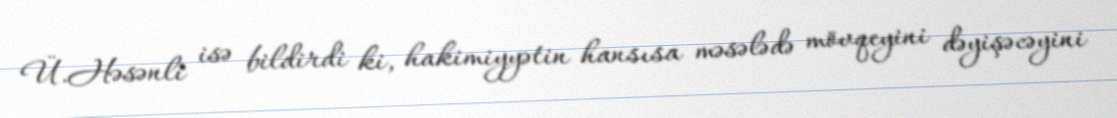
Ü.Həsənli isə bildirdi ki, hakimiyyətin hansısa məsələdə mövqeyini dəyişəcəyini